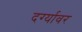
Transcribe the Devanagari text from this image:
दर्ग्यावर